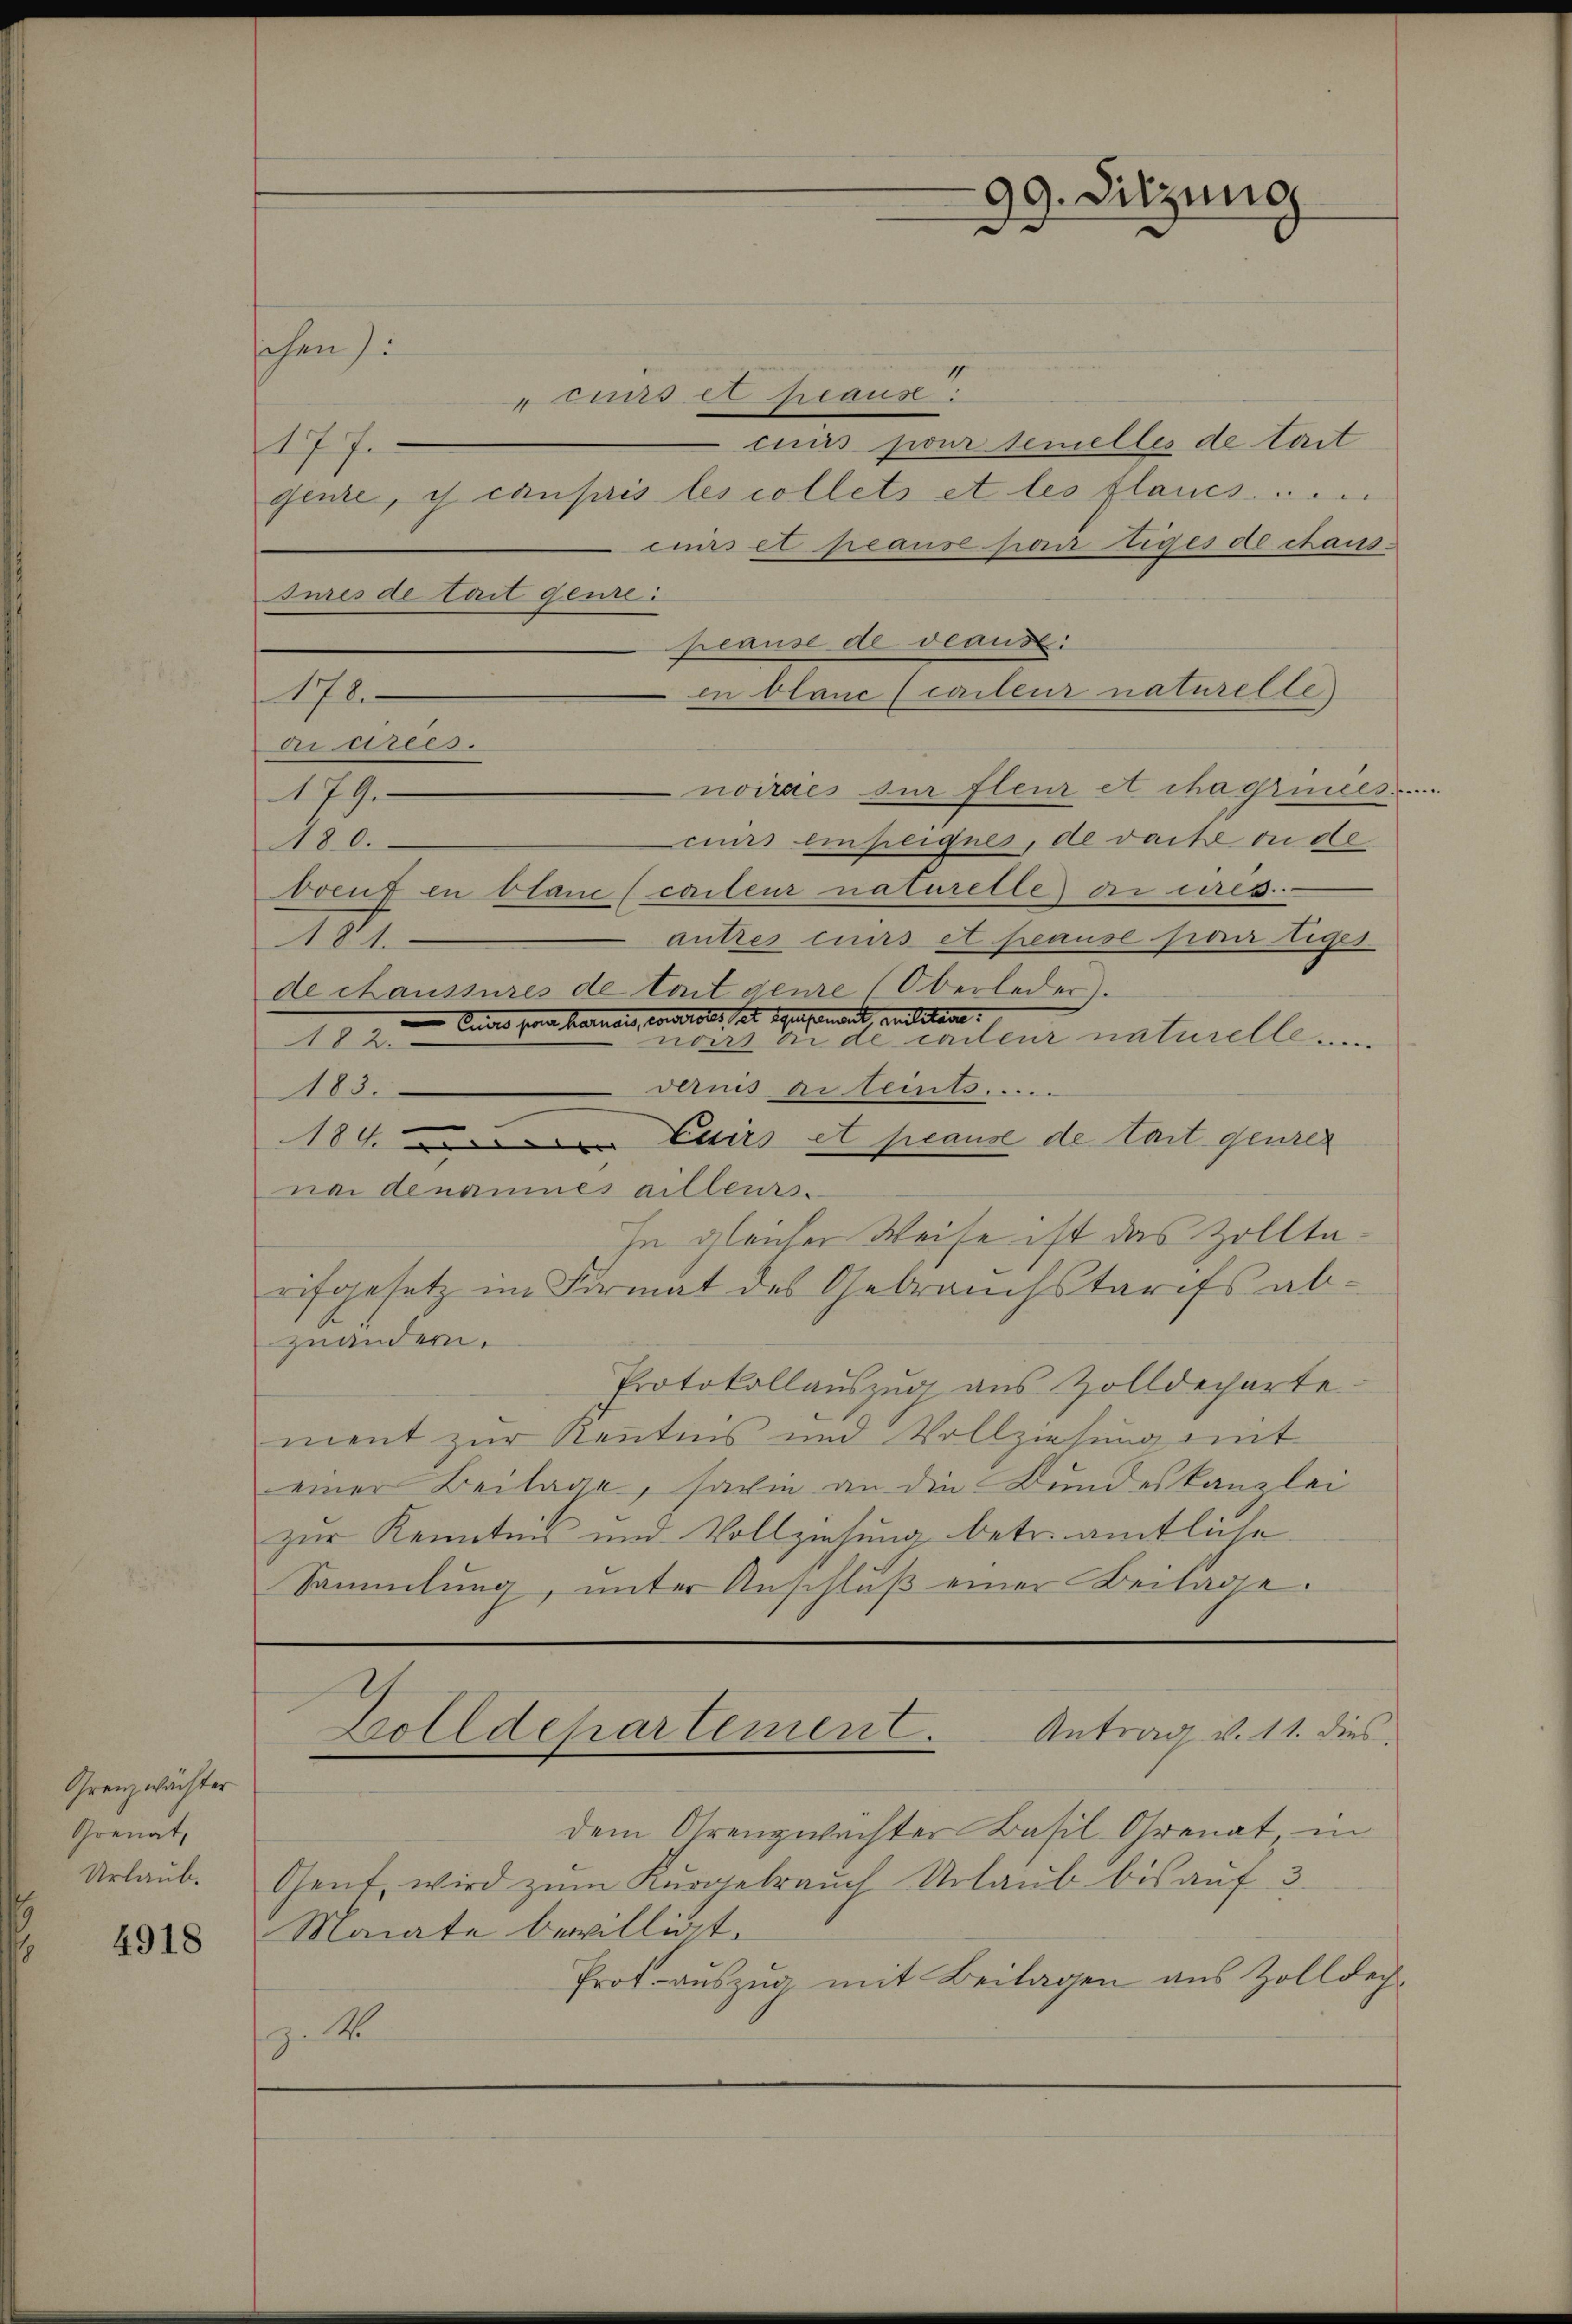
Grenzwächter
Grenat,
Urlaub.

4918

schen si
1
cuns ex heaus:
cuis pour temelles de lait
177.
genze, is campris les collets et les flaues .....
cuirs et peause par tiges de chaus-
Jures de lait genie:
peause deveause:
in blanc (caileur naturelle
178.
Araris.
noiraes zur fleur et chagrinces.
179.
curs einseignes, de vache du de
180.
breut en blanc (cacteur naturelle ai ures.
autres curs et peause fier Eiges
III.
de chaussures de tout genre (Oberleder
Curs par harmais, von rotes, sel gesondert militare.
noirs in de citeur naturelle ....
III
darnis erleint. ....
183.
184. 50 Cairs et plause de tart genzer
nai denannes ailleurs.
In gleicher Weise ist das Zolltarifgesetz im Firmat des Gebrauchstarifs abzuändern.
Protokollauszug aus Zolldecharte
ment zur Kenntnis und Vollziehung mit
einer Beilage, sowie an die Bundeskanzlei
zur Kenntnis und Vollziehung betr. amtliche
Sammlung, unter Anschlŭβ einer Beilage.
Zolldepartement. Antrag v. 11. dies
dem Grenzwachter Basil Grenat, in
Gent, wird zŭm Kŭrgebrauch Urlaŭb bis aŭf 3.
Monate bewilligt.
Prot auszug mit Beilagen aus Zolldech-
Z. M.

99. Sitzung

¬